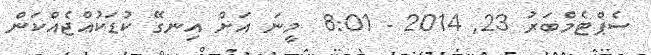
ސެޕްޓެމްބަރު 23